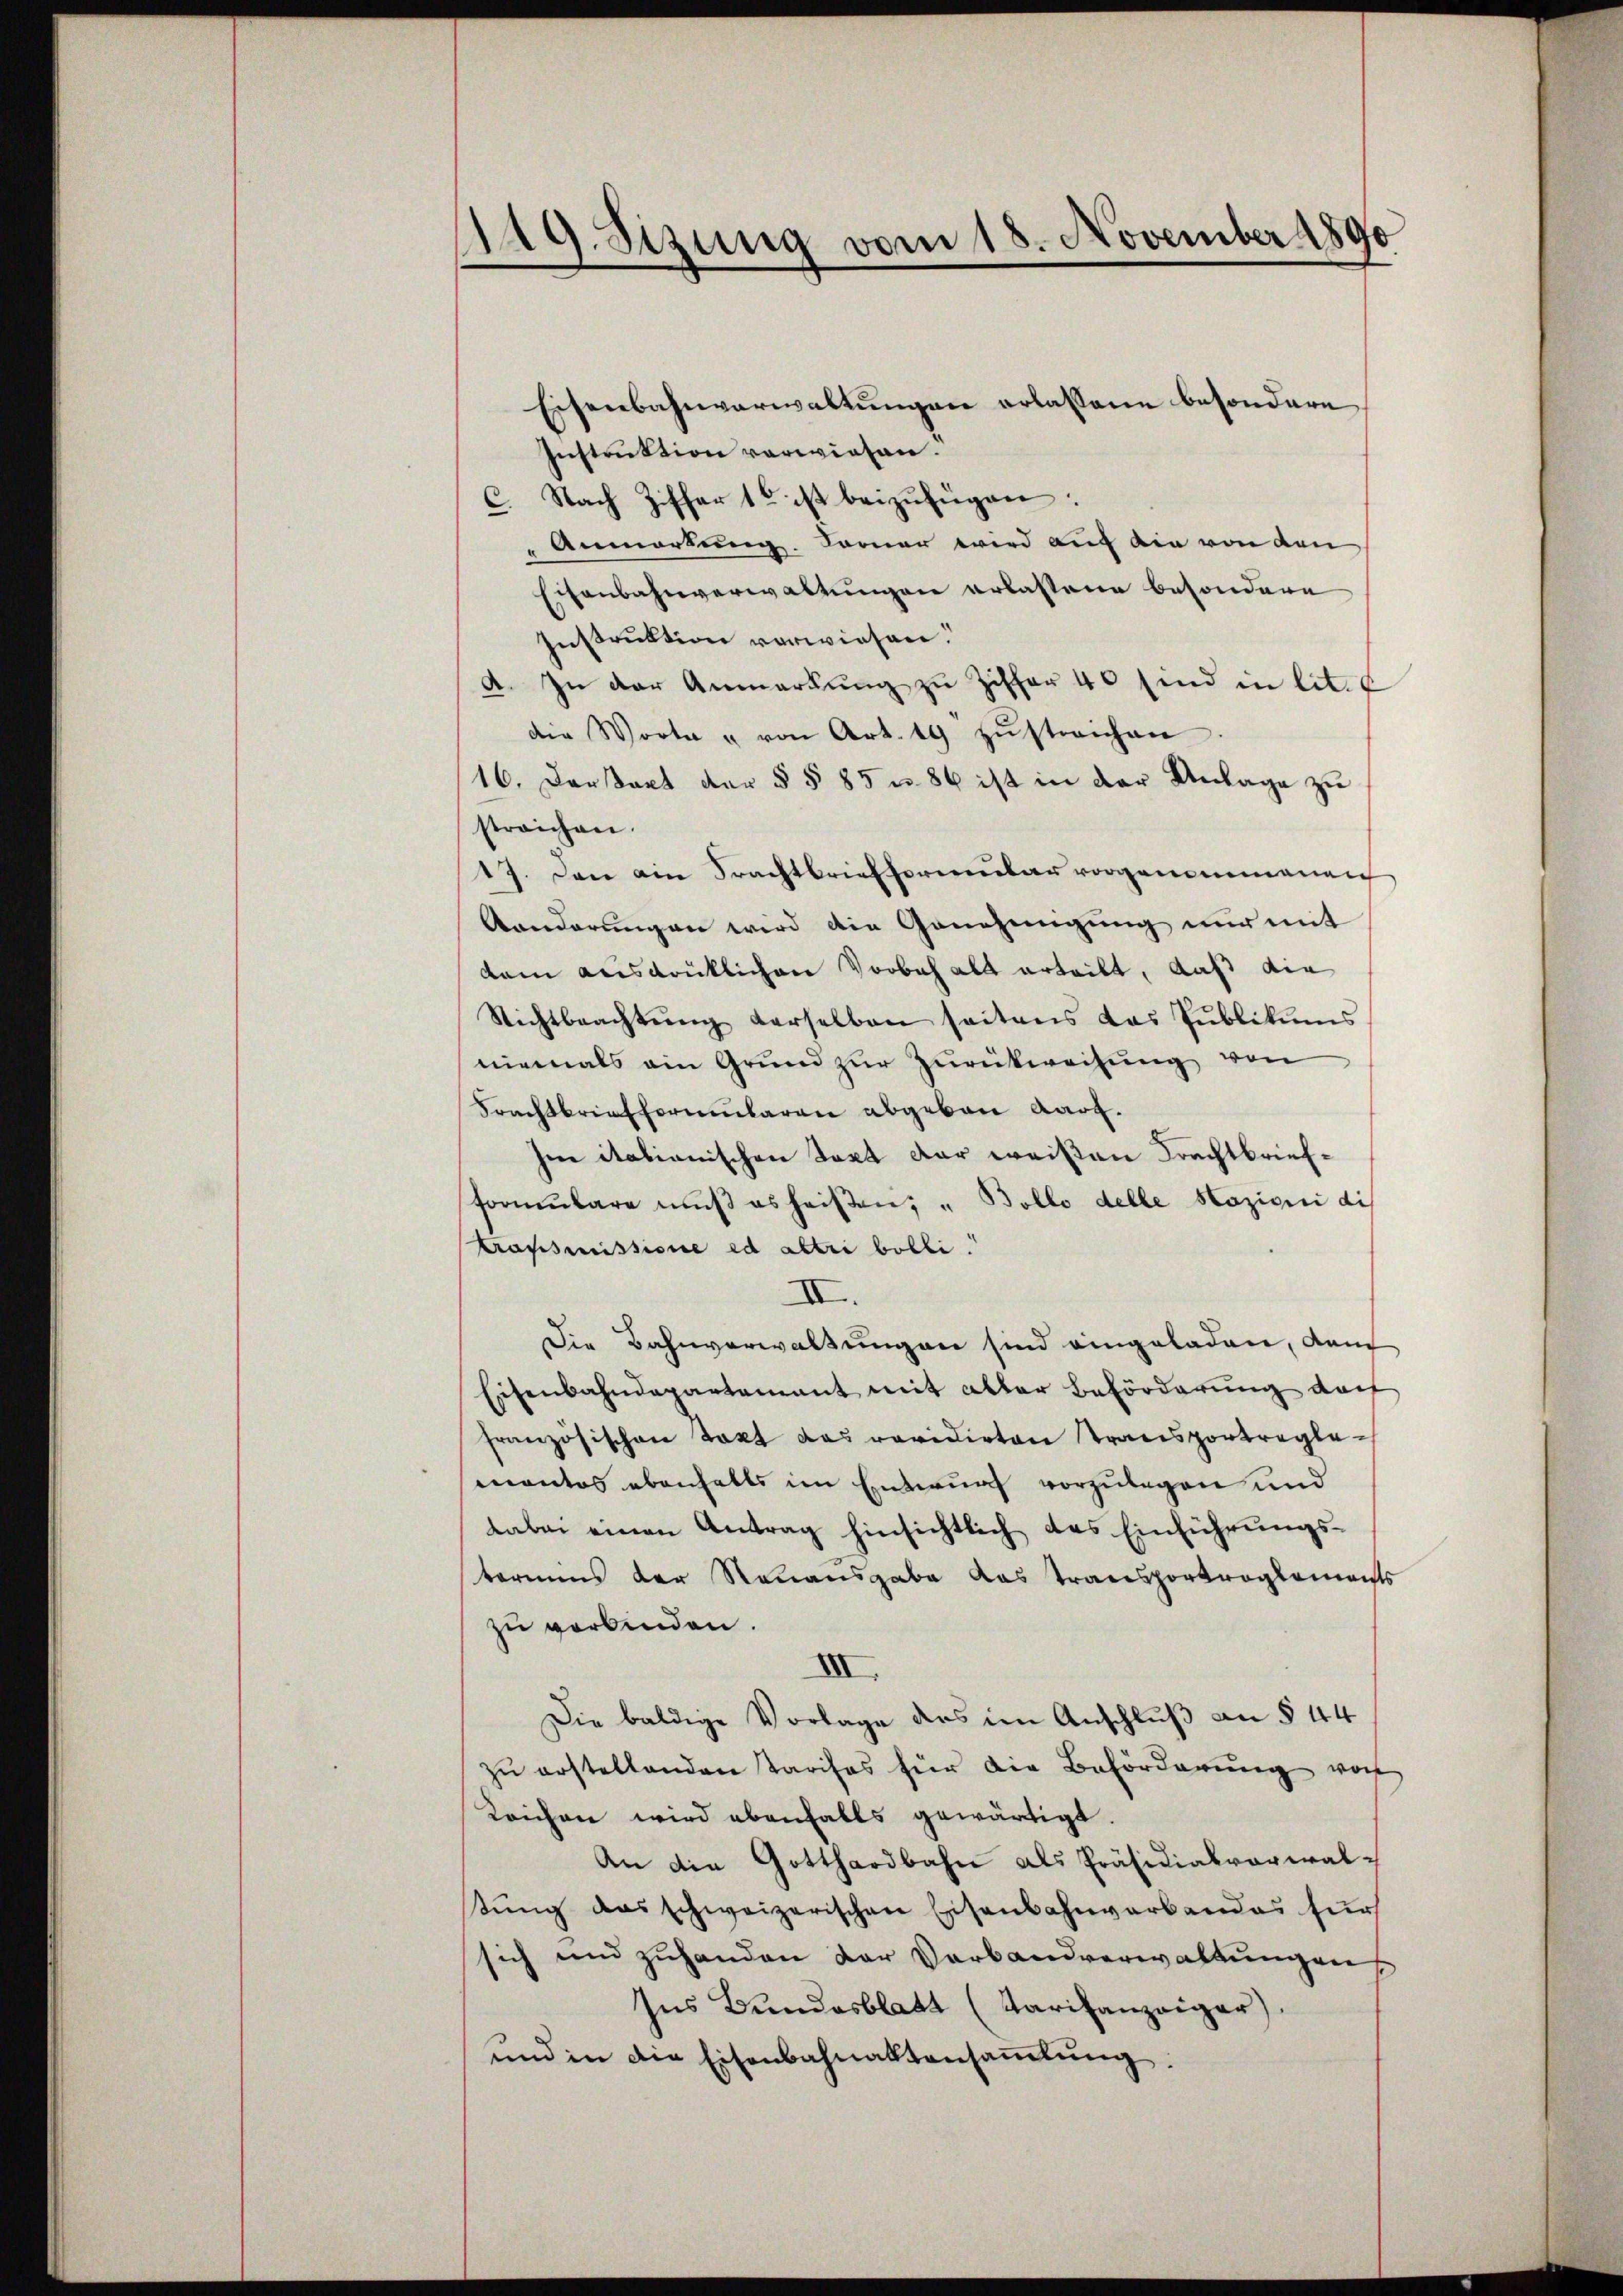
19. Sizung vom 18. November 1890

Eisenbahnverwaltungen erlassene besondere
Instruktion verwiesen.
c. Nach Ziffert ist beizufügen:
"Anmarkung. Larner wird auf die von den
Eisenbahnverwaltungen erlassene besondere
Instruktion verwiesen.
A. In der Anmarkung zu Ziffer 40 sind in lit. E
die Worte u von Art. 19 zŭstreichen
16. Derart der §§ 85 u. 86 ist in der Anlage zu
streichen.
17. Dann ain Frachtbriefformenbar vorgenommenen
Aanderungen wird die Genehmigung nur mit
dem ausdrüklichen Vorbehalt erteilt, daß die
Nichtbeachtŭng derselben seitens das Pŭblikŭms
niemals ein Grund zur Zurückweisung von
Frachtbriefformularen abgeben Aarg.
Im itationischen Text der weißen Frachtbriefformŭlare muß es heißen; „ Bollo delle Hazioni dis
transmissione ed altri bobli
IV.
Die Bahnverwaltungen sind eingeladen, dem
Eisenbahndepartement mit aller Beförderung doch
französischen Takt das revidirten transportreglemantes ebenfalls im Entwurf vorzulegen und
dabei einen Antrag hinsichtlich das Einführungstermins der Neuausgabe das Transportreglements
zŭ verbinden.
III.
Die baldige Vorlage des im Anschluß an § 44
zŭ erstellenden Tarifes für die Beförderŭng von
Zeichen wird ebenfalls gewärtigt.
An die Gotthardbahn als Präsidialverwaltŭng das schweizerischen Eisenbahnverbandes für
sich und zuhanden der Verbandverwaltungen
Ins Bundesblatt (Tarifanzeiger)
und in die Eisenbahnaktensaṁlŭng.